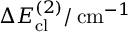
\Delta E _ { \mathrm { c l } } ^ { ( 2 ) } / \, \mathrm { c m } ^ { - 1 }